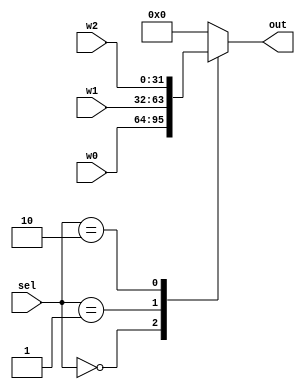
`timescale 1ns / 1ps
//////////////////////////////////////////////////////////////////////////////////
// Company: 
// 
// Design Name: Hamza Ali
// Module Name: full_adder_with_constant
// Project Name: 
// Target Devices: 
// Tool Versions: 
// Description: 
// 
// Dependencies: 
// 
// Revision:
// Revision 0.01 - File Created
// Additional Comments:
// 
//////////////////////////////////////////////////////////////////////////////////
module Max_3to1
(
	input [1 : 0] sel,
	input [31 : 0] w0, w1, w2,
	output reg [31 : 0] out
);

always @(*)
begin
	case (sel)
		2'd0 : out = w0;
		2'd1 : out = w1;
		2'd2 : out = w2;

		default : out = 'b0;
	endcase
end

endmodule